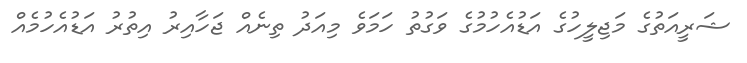
ޝަރީއަތުގެ މަޖިލީހުގެ އަޑުއެހުމުގެ ވަގުތު ހަމަވެ މިއަދު ތިނެއް ޖަހާއިރު އިތުރު އަޑުއެހުމެއް